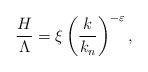
\begin{align*}{\frac{H}{\Lambda }}=\xi \left( {\frac{k}{k_{n}}}\right) ^{-\varepsilon },\end{align*}